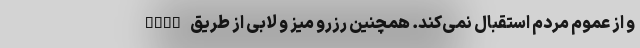
و از عموم مردم استقبال نمی‌کند. همچنین رزرو میز و لابی از طریق open